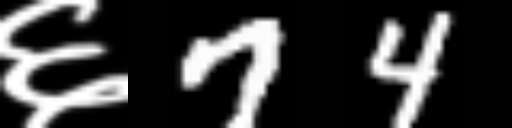
Text: ६74